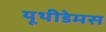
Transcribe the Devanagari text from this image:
यूथीडेमस